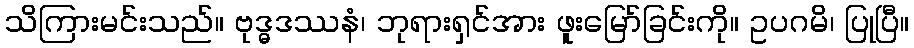
သိကြားမင်းသည်။ ဗုဒ္ဓဒဿနံ၊ ဘုရားရှင်အား ဖူးမြော်ခြင်းကို။ ဥပဂမိ၊ ပြုပြီ။